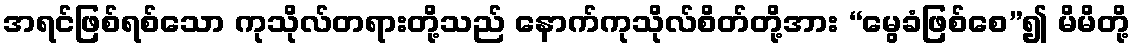
အရင်ဖြစ်ရစ်သော ကုသိုလ်တရားတို့သည် နောက်ကုသိုလ်စိတ်တို့အား “မွေခံဖြစ်စေ”၍ မိမိတို့